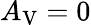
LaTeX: A_{\mathrm{{V}}}=0